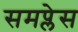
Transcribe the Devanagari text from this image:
समप्लेस